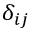
\delta _ { i j }